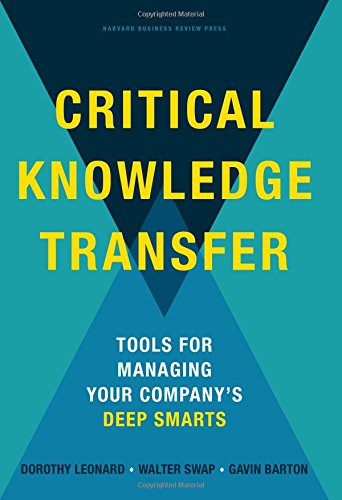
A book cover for Critical Knowledge Transfer: Tools for Managing Your Company's Deep Smarts; Dorothy Leonard; Business & Money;